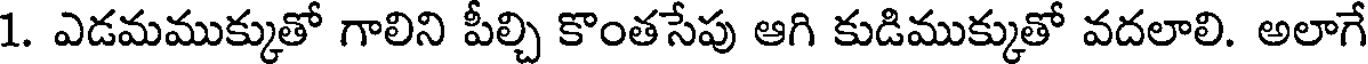
1. ఎడమముక్కుతో గాలిని పీల్చి కొంతసేపు ఆగి కుడిముక్కుతో వదలాలి. అలాగే